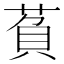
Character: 萯